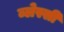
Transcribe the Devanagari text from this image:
ब्लेस्सी